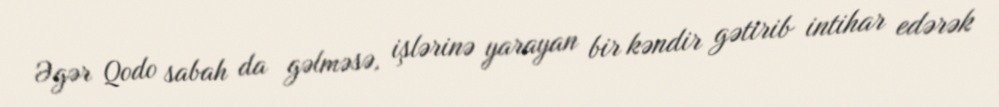
Əgər Qodo sabah da gəlməsə, işlərinə yarayan bir kəndir gətirib intihar edərək